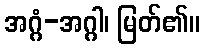
အဂ္ဂံ-အဂ္ဂါ၊ မြတ်၏။